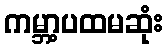
ကမ္ဘာ့ပထမဆုံး